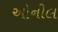
ઓનીલ